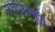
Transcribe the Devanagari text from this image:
लघुपादांगुलि